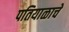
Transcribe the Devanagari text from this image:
पतियाळाचे